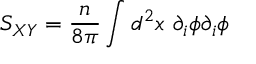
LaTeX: S _ { X Y } = \frac { n } { 8 \pi } \int d ^ { 2 } x ~ \partial _ { i } \phi \partial _ { i } \phi